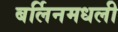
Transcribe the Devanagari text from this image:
बर्लिनमधली